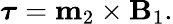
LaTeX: {\boldsymbol{\tau}}=\mathbf{m}_{2}\times\mathbf{B}_{1}.